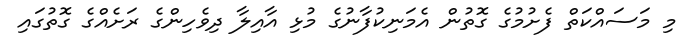
މި މަސައްކަތް ފެށުމުގެ ގޮތުން އެމަނިކުފާނުގެ މުޅި އާއިލާ ދިވެހިންގެ ރަށެއްގެ ގޮތުގައި